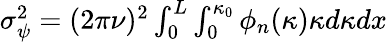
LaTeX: \begin{array}{r}{\sigma_{\psi}^{2}=(2{\pi}\nu)^{2}\int_{0}^{L}\int_{0}^{\kappa_{0}}\phi_{n}(\kappa){\kappa}d{\kappa}dx}\end{array}